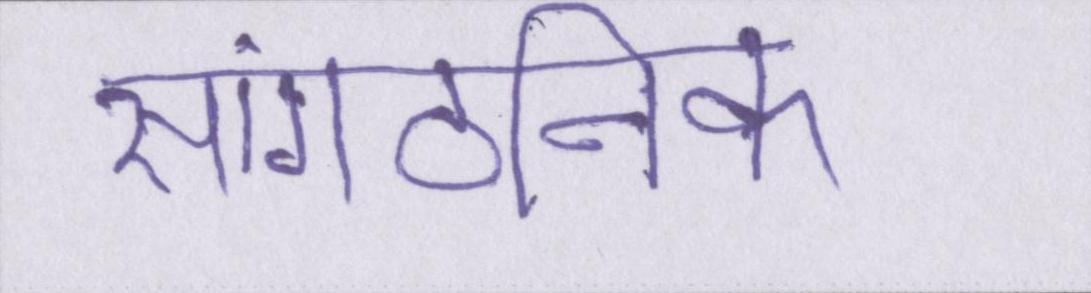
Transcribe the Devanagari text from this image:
सांगठनिक